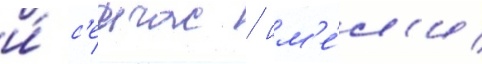
и́ с'еичас / им'е́л'и